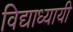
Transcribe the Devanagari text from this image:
विद्याध्यायी